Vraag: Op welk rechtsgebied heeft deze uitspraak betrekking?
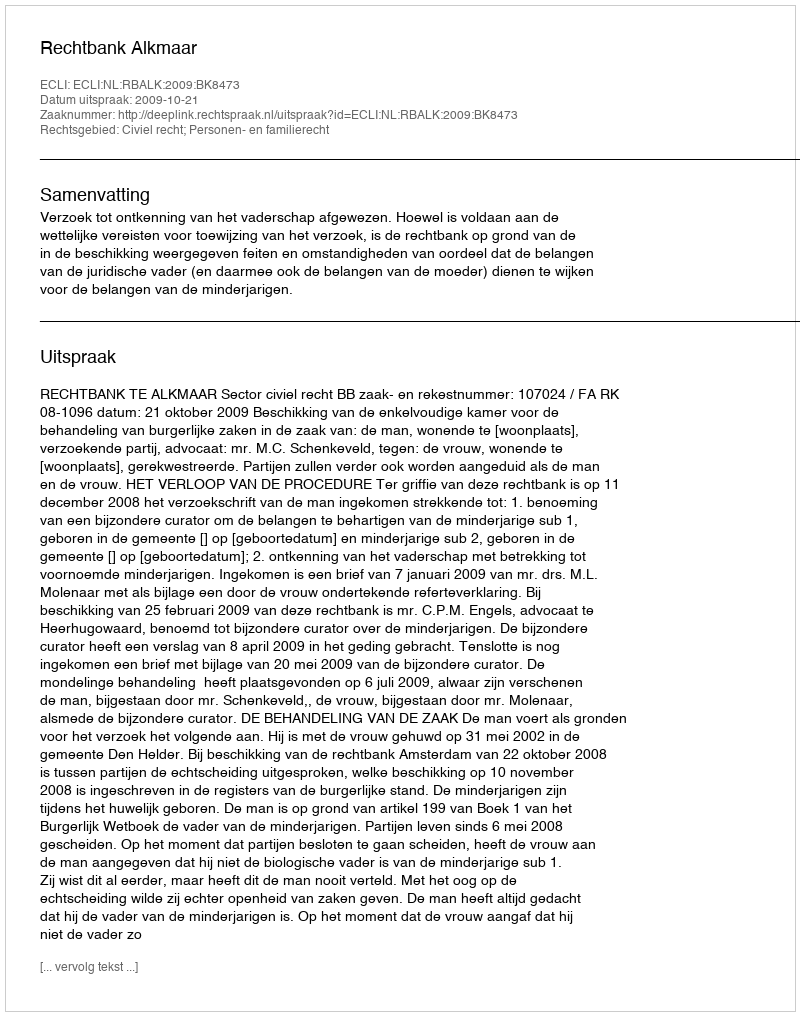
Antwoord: Civiel recht; Personen- en familierecht